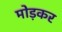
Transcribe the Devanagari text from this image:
मोड़़कर